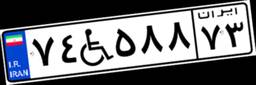
۷۴W۵۸۸۷۳